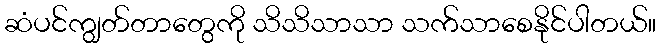
ဆံပင်ကျွတ်တာတွေကို သိသိသာသာ သက်သာစေနိုင်ပါတယ်။